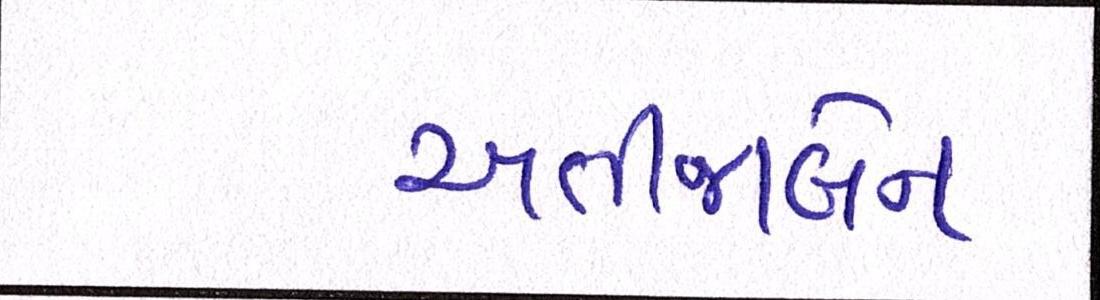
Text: ખતીજાબેન